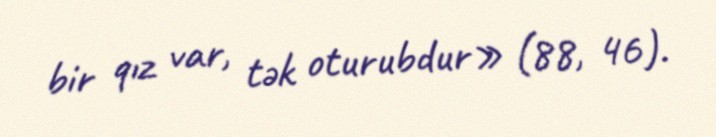
bir qız var, tək oturubdur» (88, 46).